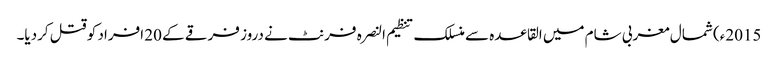
2015ء) شمال مغربی شام میں القاعدہ سے منسلک تنظیم النصرہ فرنٹ نے دروز فرقے کے 20 افراد کو قتل کردیا۔